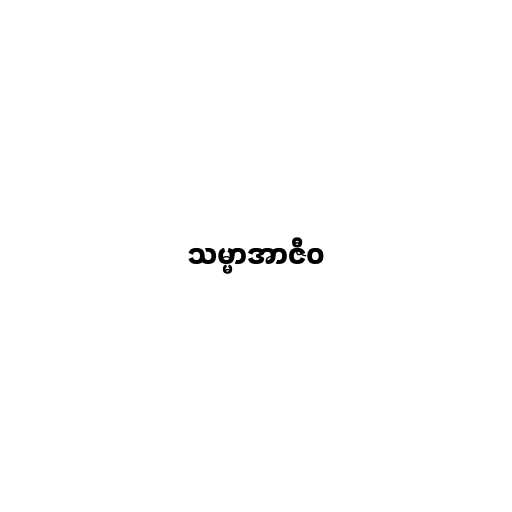
သမ္မာအာဇီဝ